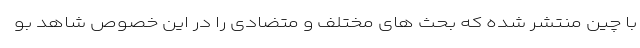
با چین منتشر شده که بحث های مختلف و متضادی را در این خصوص شاهد بو